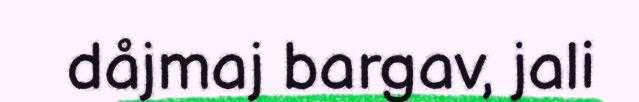
dåjmaj bargav, jali